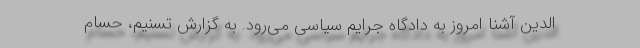
‌الدین آشنا امروز به دادگاه جرایم سیاسی می‌رود. به گزارش تسنیم، حسام